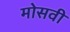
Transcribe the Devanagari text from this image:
मोसवी